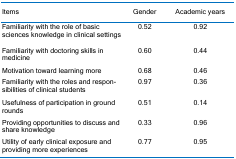
| Items | Gender | Academic years |
 | --- | --- | --- |
 | Familiarity with the role of basic sciences knowledge in clinical settings | 0.52 | 0.92 |
 | Familiarity with doctoring skills in medicine | 0.60 | 0.44 |
 | Motivation toward learning more | 0.68 | 0.46 |
 | Familiarity with the roles and responsibilities of clinical students | 0.97 | 0.36 |
 | Usefulness of participation in ground rounds | 0.51 | 0.14 |
 | Providing opportunities to discuss and share knowledge | 0.33 | 0.96 |
 | Utility of early clinical exposure and providing more experiences | 0.77 | 0.95 |